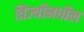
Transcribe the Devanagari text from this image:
त्रिज्यीमधील